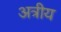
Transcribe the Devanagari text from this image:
अत्रीय